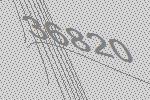
36820